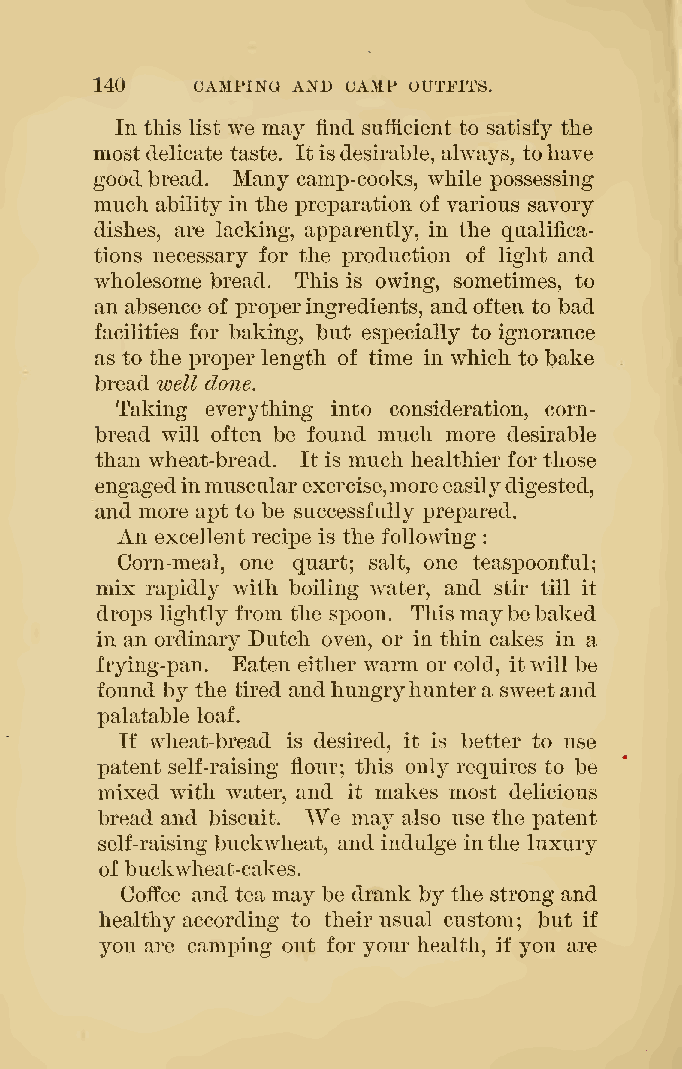
140    CAMPING AND CAMP OUTFITS.
 In this list we may find sufficient to satisfy the
 mostdelicate taste. Itisdesirable, always, tohave
 good bread. Many camp-cooks, while iDOSsessing
 much ability in the preparation of various savory
 dishes, are lacking, apparently, in the qualifica-
 tions necessary for the production of light and
 wholesome bread. This is owing, sometimes, to
 an absence of properingredients, andoften to bad
 facilities for baking, but especially to ignorance
 as to the proper length of time in which to bake
 bread well done.
 Taking everything into consideration, corn-
 bread will often be found much more desirable
 than wheat-bread. It is much healthier for those
 engagedinmuscularexercise,moreeasilydigested,
 and more ajDt to be successfully prepared.
 An excellent recipe is the following
 :
 Corn-meal, one quart; salt, one teaspoonful;
 mix rajjidly with boiling water, and stir till it
 drops lightly from the spoon. This maybebaked
 in an ordinary Dutch oven, or in thin cakes in a
 frying-pan. Eaten either warm or cold, itwill be
 found by the tired andhungryhuntera sweetand
 palatable loaf.
 If wheat-bread is desired, it is better to use
 patent self-raising flour; this only requires to be
 mixed with water, and it makes most delicious
 bread and biscuit. We may also use the ]3atent
 self-raising buckwheat, and indulge inthe luxury
 of buckwheat-cakes.
 Coffee and tea may be drank by the strong and
 healthy according to their usual custom but if
 ;
 you are camping out for your health, if you are